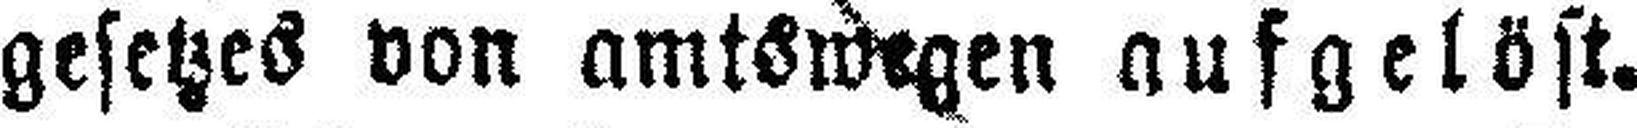
gesetzes von amtswegen aufgelöst.